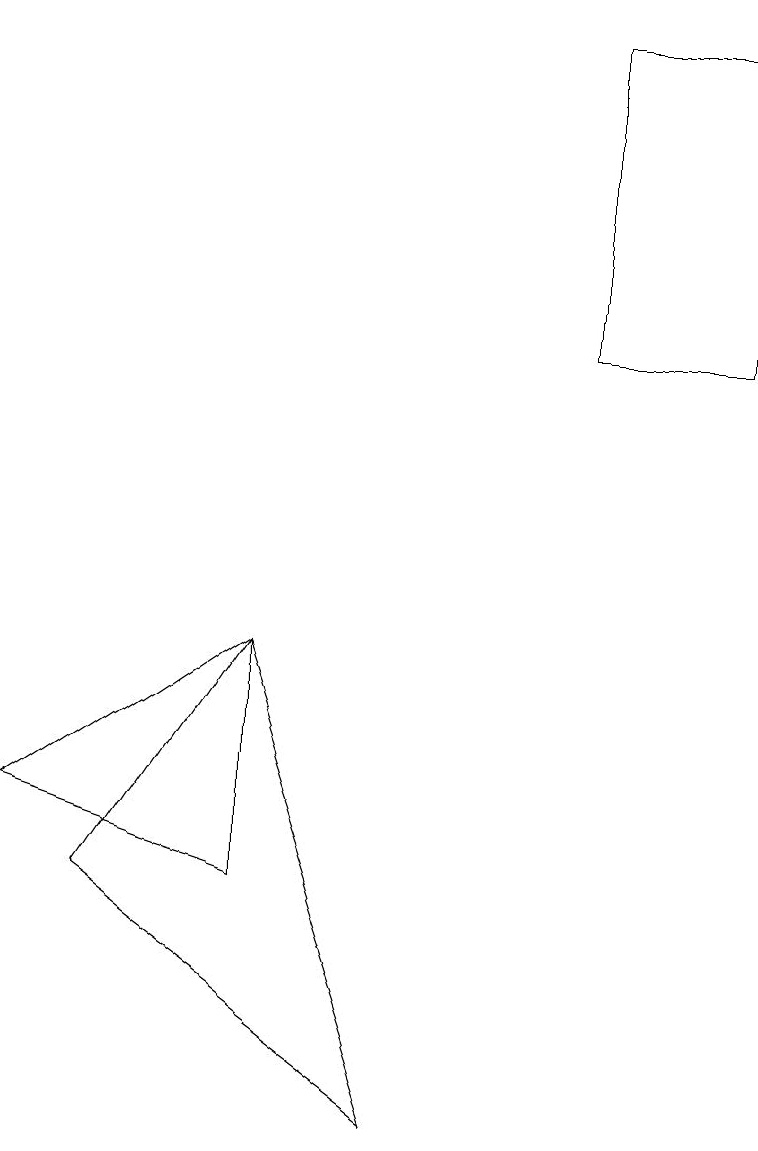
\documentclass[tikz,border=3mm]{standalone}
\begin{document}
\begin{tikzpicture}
\draw (3,9) -- (0,7) -- (3,6) -- cycle;
\draw (3,9) -- (1,6) -- (5,3) -- cycle;
\draw (9,13) rectangle (7,17);
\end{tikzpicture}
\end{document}